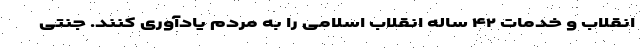
انقلاب و خدمات ۴۲ ساله‌ انقلاب اسلامی را به مردم یادآوری کنند. جنتی